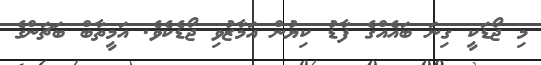
މި ޖޯޑަކީ ގިނަ ބައެއްގެ ފާޑު ކިޔުން އަމާޒުވި ޖޯޑެކެވެ. އަމީތާބް ބަޗަންގެ